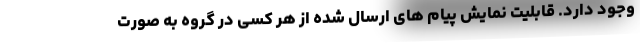
وجود دارد. قابلیت نمایش پیام های ارسال شده از هر کسی در گروه به صورت